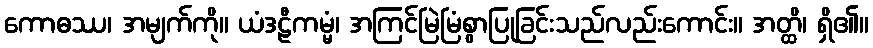
ကောဓဿ၊ အမျက်ကို။ ယံဒဠီကမ္မံ၊ အကြင်မြဲမြံစွာပြုခြင်းသည်လည်းကောင်း။ အတ္ထိ၊ ရှိ၏။